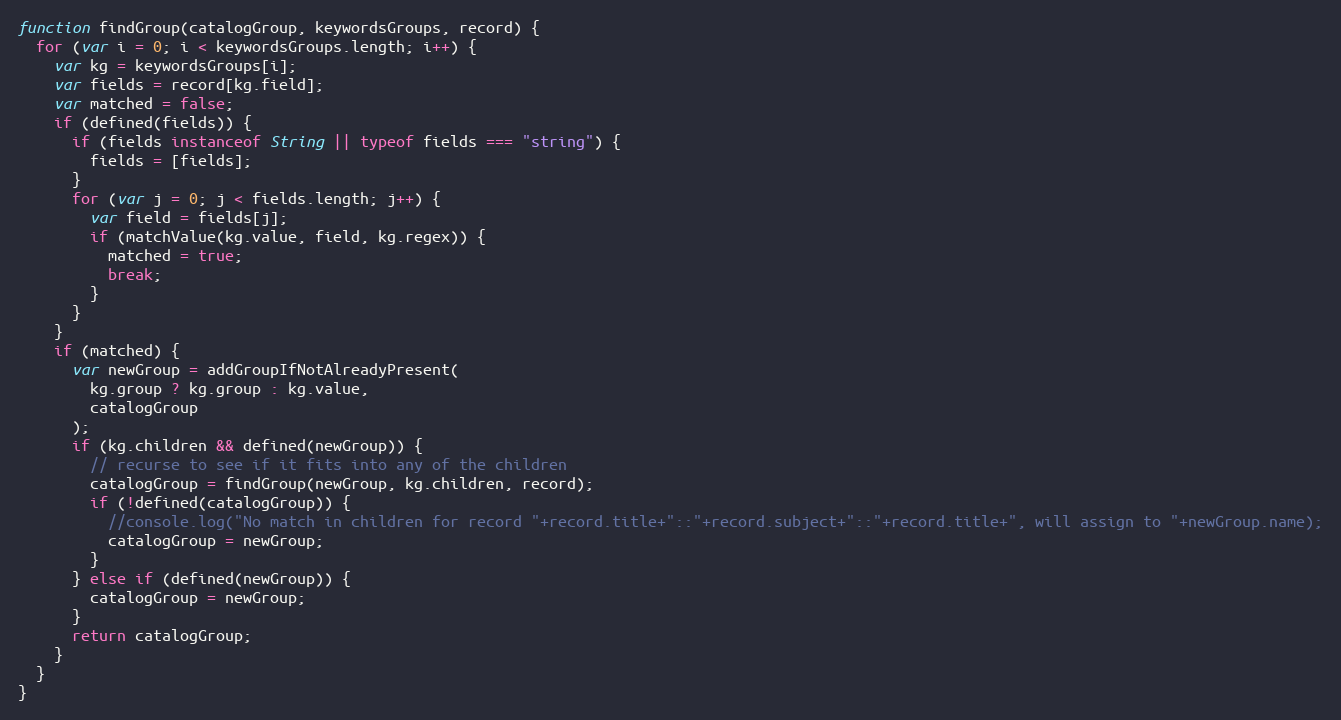
Language: JavaScript
function findGroup(catalogGroup, keywordsGroups, record) {
  for (var i = 0; i < keywordsGroups.length; i++) {
    var kg = keywordsGroups[i];
    var fields = record[kg.field];
    var matched = false;
    if (defined(fields)) {
      if (fields instanceof String || typeof fields === "string") {
        fields = [fields];
      }
      for (var j = 0; j < fields.length; j++) {
        var field = fields[j];
        if (matchValue(kg.value, field, kg.regex)) {
          matched = true;
          break;
        }
      }
    }
    if (matched) {
      var newGroup = addGroupIfNotAlreadyPresent(
        kg.group ? kg.group : kg.value,
        catalogGroup
      );
      if (kg.children && defined(newGroup)) {
        // recurse to see if it fits into any of the children
        catalogGroup = findGroup(newGroup, kg.children, record);
        if (!defined(catalogGroup)) {
          //console.log("No match in children for record "+record.title+"::"+record.subject+"::"+record.title+", will assign to "+newGroup.name);
          catalogGroup = newGroup;
        }
      } else if (defined(newGroup)) {
        catalogGroup = newGroup;
      }
      return catalogGroup;
    }
  }
}